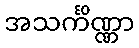
အသင်္ကိဏ္ဏာ